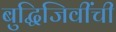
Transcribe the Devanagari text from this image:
बुद्धिजिवींची